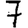
Digit: 7